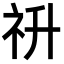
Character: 𥘥